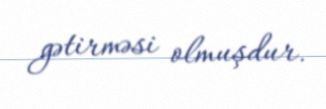
gətirməsi olmuşdur.